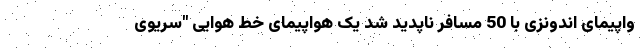
واپیمای اندونزی با 50 مسافر ناپدید شد یک هواپیمای خط هوایی "سریوی